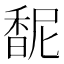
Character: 馜